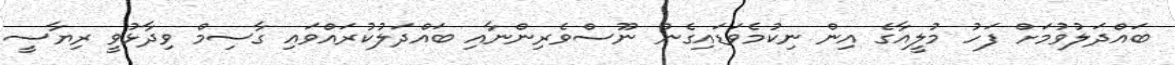
ބައްދަލުވުމަށް ފަހު މުލީއާގެ އިން ނިކުމެވަޑައިގެން ނޫސްވެރިންނާއި ބައްދަލުކުރައްވައި ގާސިމް ވިދާޅުވީ ރިޔާސީ